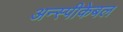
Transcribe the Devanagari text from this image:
अन्स्पीकेबल